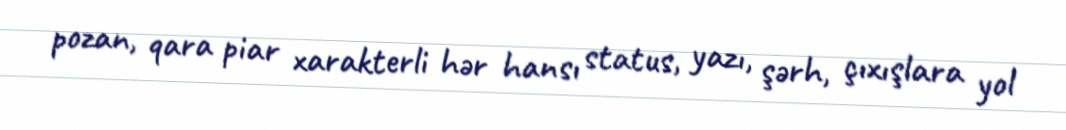
pozan, qara piar xarakterli hər hansı status, yazı, şərh, çıxışlara yol